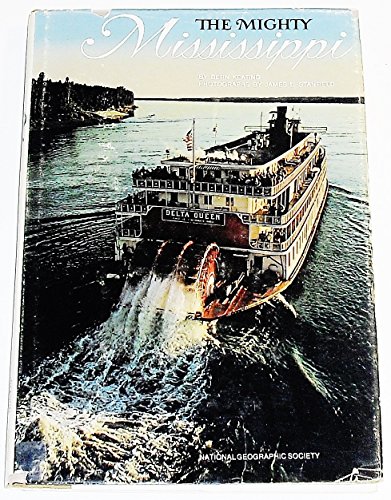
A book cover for The Mighty Mississippi; Bern Keating; Travel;